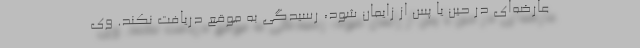
عارضه‌ای در حین یا پس از زایمان شود، رسیدگی به موقع دریافت نکند. وی